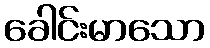
ခေါင်းမာသော